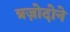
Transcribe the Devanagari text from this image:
त्रज़ोदोने